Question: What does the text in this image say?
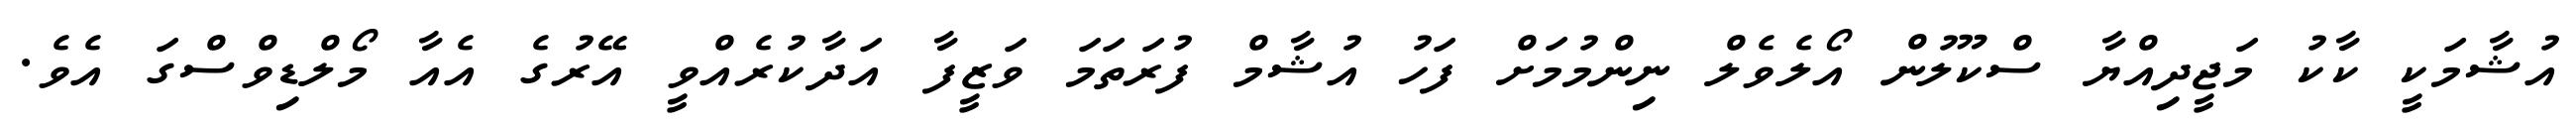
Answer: އުޝާމަކީ ކާކު މަޖީދިއްޔާ ސްކޫލުން އޯލެވެލް ނިންމުމަށް ފަހު އުޝާމް ފުރަތަމަ ވަޒީފާ އަދާކުރެއްވީ އޭރުގެ އެއާ މޯލްޑިވްސްގަ އެވެ.